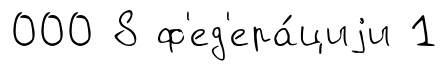
000 8 ф'ед'ера́циjи 1